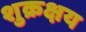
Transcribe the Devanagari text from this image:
शुक्रक्षय